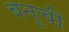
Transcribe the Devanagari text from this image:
बनुची